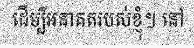
ដើម្បីអនាគតរបស់ខ្ញុំ។ នៅ